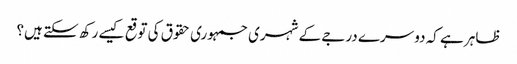
ظاہر ہے کہ دوسرے درجے کے شہری جمہوری حقوق کی توقع کیسے رکھ سکتے ہیں؟